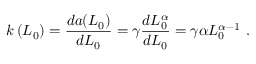
k \left( L _ { 0 } \right) = \frac { d a ( L _ { 0 } ) } { d L _ { 0 } } = \gamma \frac { d L _ { 0 } ^ { \alpha } } { d L _ { 0 } } = \gamma \alpha L _ { 0 } ^ { \alpha - 1 } \ .